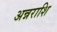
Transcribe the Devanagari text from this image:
अन्नराशि